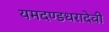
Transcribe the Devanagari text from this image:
यमदण्डधरादेवी